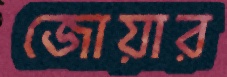
জোয়ার